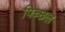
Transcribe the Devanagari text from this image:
पिच्छल